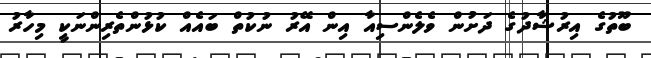
ބޫތުގެ އިރުޝާދުގެ ދަށުން ވެލެންސިއާ އިން އޭރު ނުކުތް ބައެއް ކުޅުންތެރިންނަކީ މިހާރު